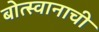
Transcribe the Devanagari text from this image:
बोत्स्वानाची